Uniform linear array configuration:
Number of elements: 32
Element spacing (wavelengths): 1
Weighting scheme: kaiser
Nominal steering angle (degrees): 60
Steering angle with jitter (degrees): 61.83
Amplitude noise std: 0.05
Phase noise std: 0.05

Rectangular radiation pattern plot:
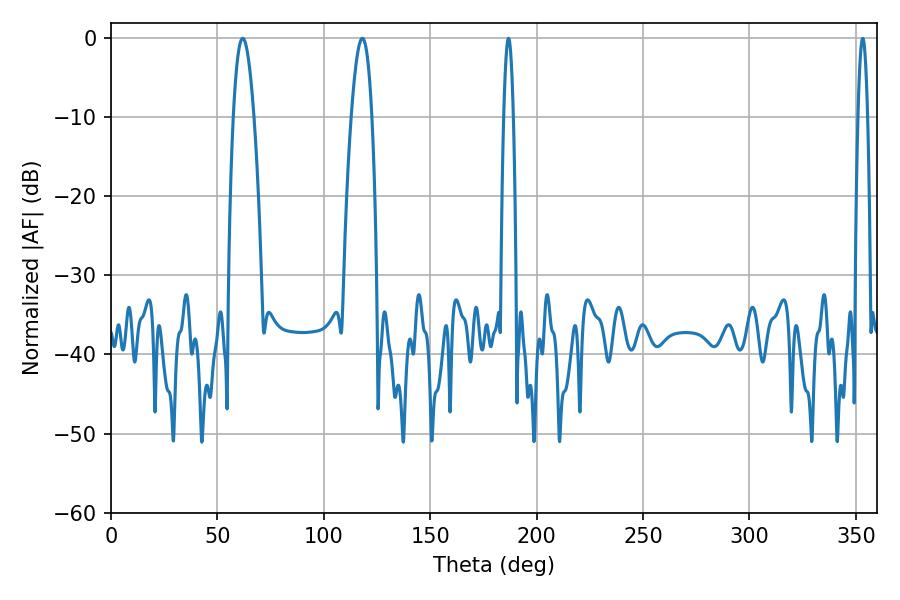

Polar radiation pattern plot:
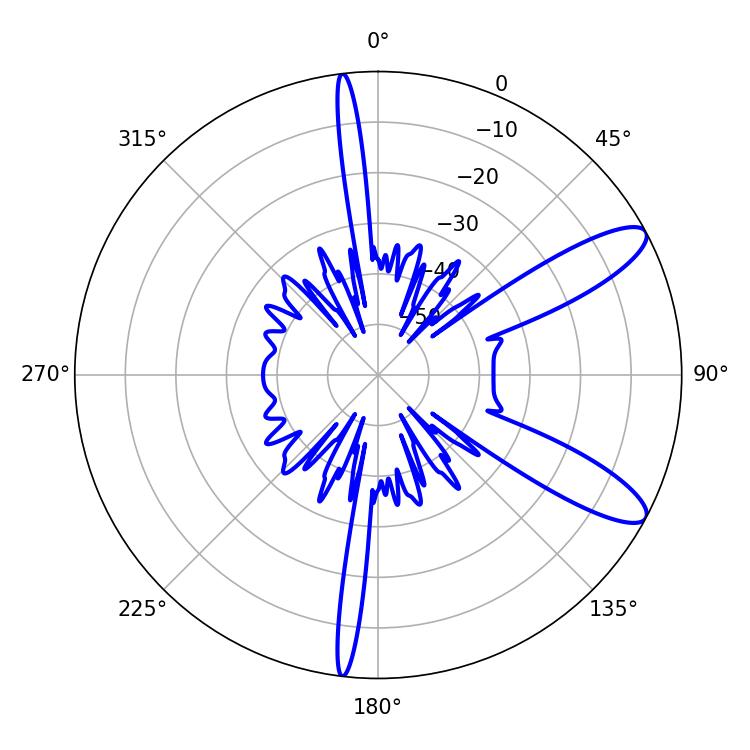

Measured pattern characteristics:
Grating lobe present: TRUE
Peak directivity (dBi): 10.794
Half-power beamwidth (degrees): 5.22
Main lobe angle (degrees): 61.92